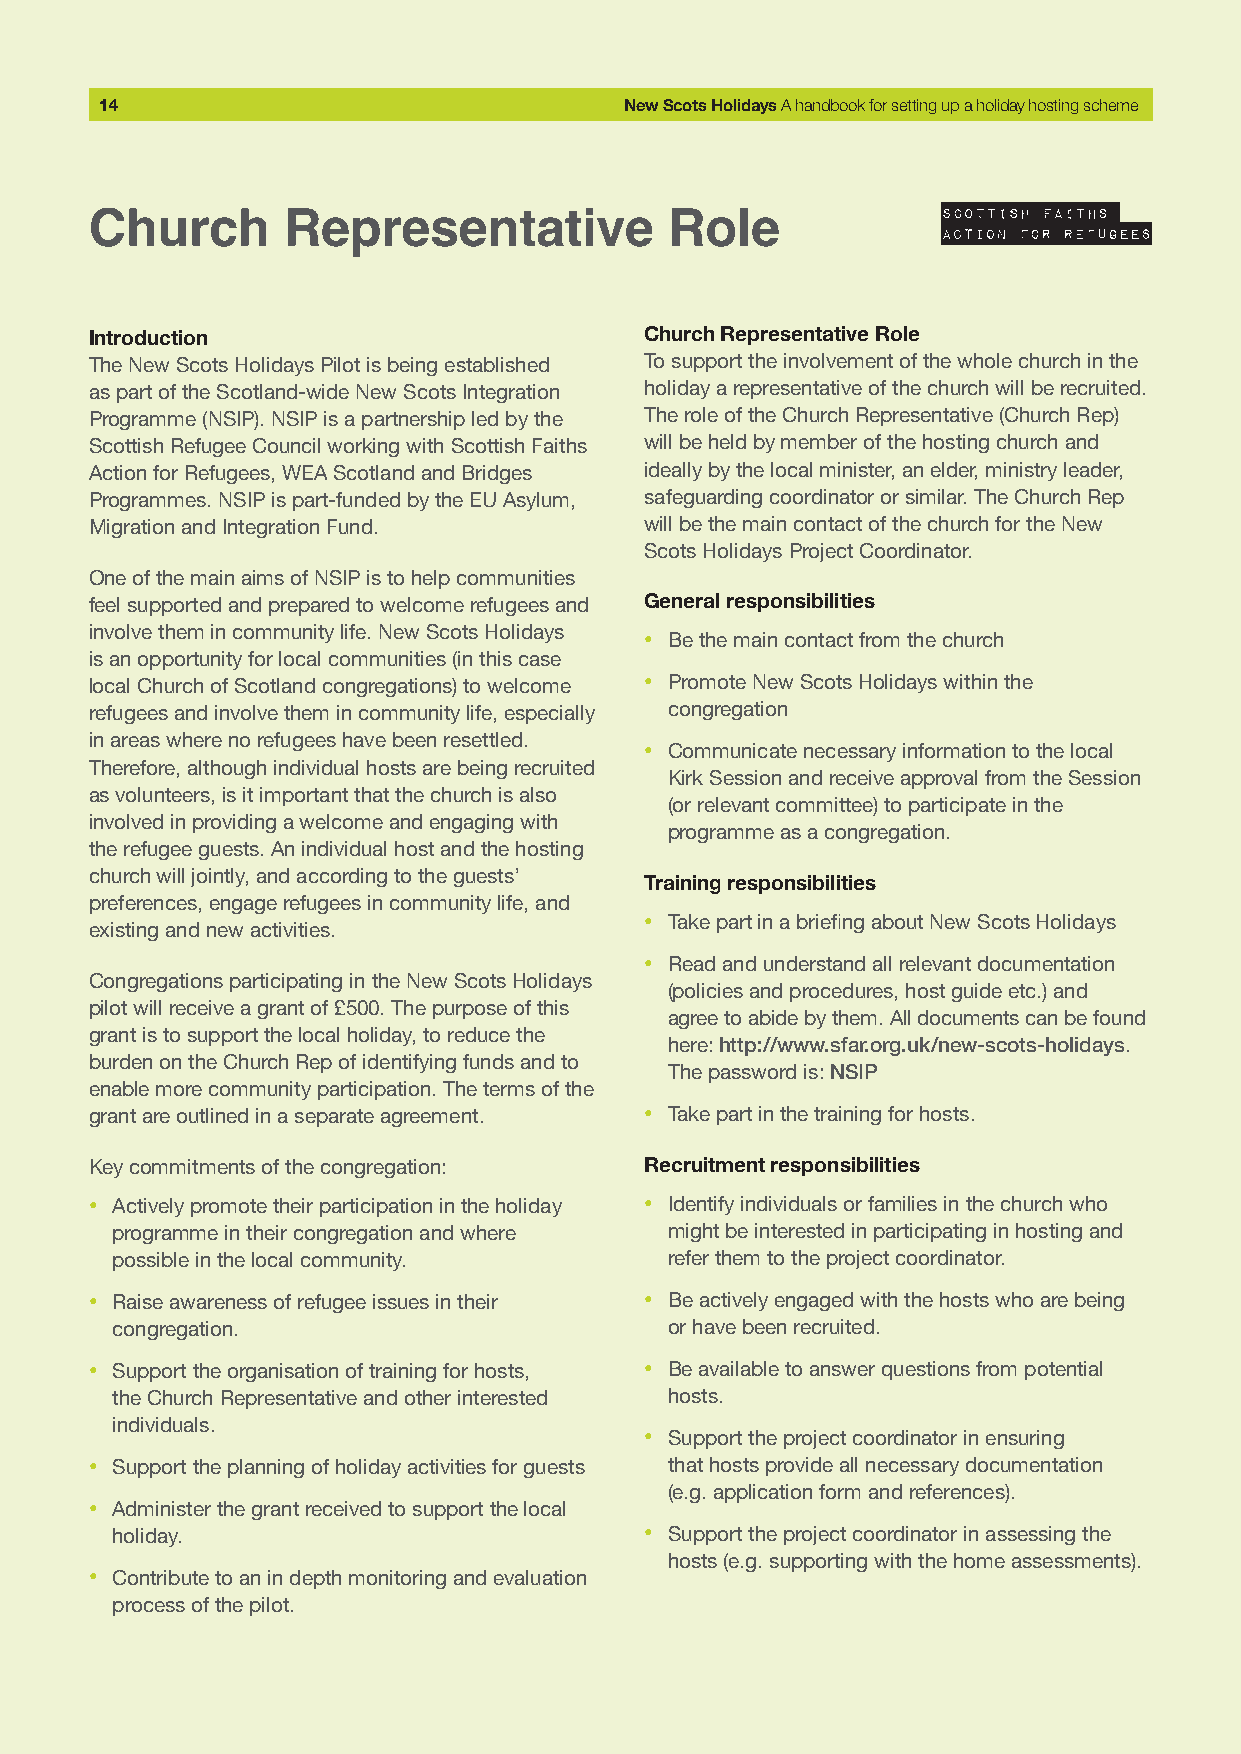
14                                 New Scots Holidays A handbook for setting up a holiday hosting scheme
 Church       Representative           Role
 Introduction                         Church Representative Role
 The New Scots Holidays Pilot is being established To support the involvement of the whole church in the
 as part of the Scotland-wide New Scots Integration holiday a representative of the church will be recruited.
 Programme (NSIP). NSIP is a partnership led by the The role of the Church Representative (Church Rep)
 Scottish Refugee Council working with Scottish Faiths will be held by member of the hosting church and
 Action for Refugees, WEA Scotland and Bridges ideally by the local minister, an elder, ministry leader,
 Programmes. NSIP is part-funded by the EU Asylum, safeguarding coordinator or similar. The Church Rep
 Migration and Integration Fund.      will be the main contact of the church for the New
 Scots Holidays Project Coordinator.
 One of the main aims of NSIP is to help communities
 feel supported and prepared to welcome refugees and General responsibilities
 involve them in community life. New Scots Holidays · Be the main contact from the church
 is an opportunity for local communities (in this case
 local Church of Scotland congregations) to welcome · Promote New Scots Holidays within the
 refugees and involve them in community life, especially congregation
 in areas where no refugees have been resettled. · Communicate necessary information to the local
 Therefore, although individual hosts are being recruited
 Kirk Session and receive approval from the Session
 as volunteers, is it important that the church is also
 (or relevant committee) to participate in the
 involved in providing a welcome and engaging with
 programme as a congregation.
 the refugee guests. An individual host and the hosting
 church will jointly, and according to the guests’
 Training responsibilities
 preferences, engage refugees in community life, and
 existing and new activities.
 · Take part in a briefing about New Scots Holidays
 · Read and understand all relevant documentation
 Congregations participating in the New Scots Holidays
 (policies and procedures, host guide etc.) and
 pilot will receive a grant of £500. The purpose of this
 agree to abide by them. All documents can be found
 grant is to support the local holiday, to reduce the
 here: http://www.sfar.org.uk/new-scots-holidays.
 burden on the Church Rep of identifying funds and to
 The password is: NSIP
 enable more community participation. The terms of the
 grant are outlined in a separate agreement. · Take part in the training for hosts.
 Key commitments of the congregation: Recruitment responsibilities
 · Actively promote their participation in the holiday · Identify individuals or families in the church who
 programme in their congregation and where might be interested in participating in hosting and
 possible in the local community.     refer them to the project coordinator.
 · Raise awareness of refugee issues in their · Be actively engaged with the hosts who are being
 congregation.                        or have been recruited.
 · Support the organisation of training for hosts, · Be available to answer questions from potential
 the Church Representative and other interested hosts.
 individuals.
 · Support the project coordinator in ensuring
 · Support the planning of holiday activities for guests that hosts provide all necessary documentation
 (e.g. application form and references).
 · Administer the grant received to support the local
 holiday.                            · Support the project coordinator in assessing the
 hosts (e.g. supporting with the home assessments).
 · Contribute to an in depth monitoring and evaluation
 process of the pilot.